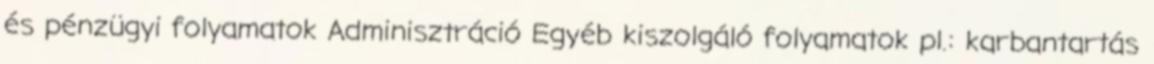
és pénzügyi folyamatok Adminisztráció Egyéb kiszolgáló folyamatok pl.: karbantartás